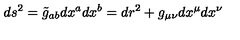
d s ^ { 2 } = \tilde { g } _ { a b } d x ^ { a } d x ^ { b } = d r ^ { 2 } + g _ { \mu \nu } d x ^ { \mu } d x ^ { \nu }